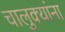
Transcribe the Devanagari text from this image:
चालुक्यांना